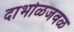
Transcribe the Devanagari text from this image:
दाभोळजवळ